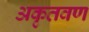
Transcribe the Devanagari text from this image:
अकृतवण